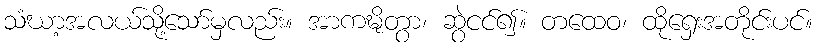
သံဃာ့အလယ်သို့သော်မှလည်း။ အာကဍ္ဎိတွာ၊ ဆွဲငင်၍။ တထေဝ၊ ထိုရှေးအတိုင်းပင်။